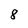
Character: 8